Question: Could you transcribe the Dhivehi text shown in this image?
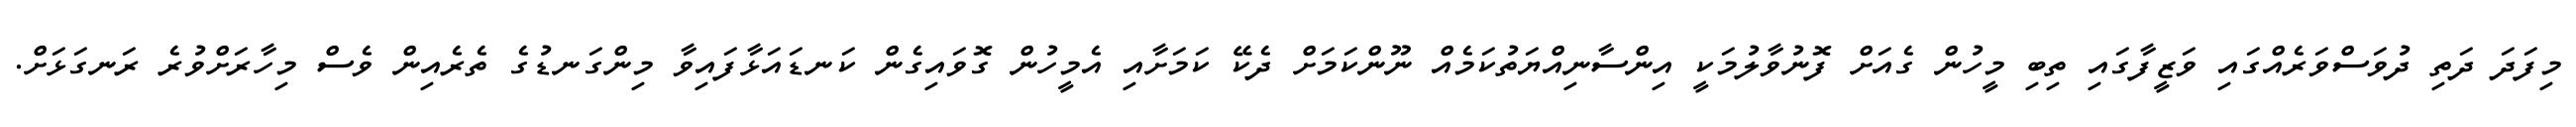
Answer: މިފަދަ ދަތި ދުވަސްވަރެއްގައި ވަޒީފާގައި ތިބި މީހުން ގެއަށް ފޮނުވާލުމަކީ އިންސާނިއްޔަތުކަމެއް ނޫންކަމަށް ދެކޭ ކަމަށާއި އެމީހުން ގޮވައިގެން ކަނޑައަޅާފައިވާ މިންގަނޑުގެ ތެރެއިން ވެސް މިހާރަށްވުރެ ރަނގަޅަށް.